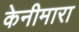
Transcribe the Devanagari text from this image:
केनीमारा